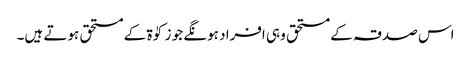
اس صدقہ کے مستحق وہی افراد ہونگے جو زکوٰۃ کے مستحق ہوتے ہیں۔